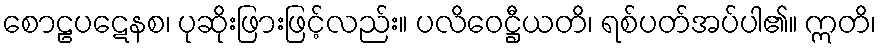
စောဠပဋေနစ၊ ပုဆိုးဖြားဖြင့်လည်း။ ပလိဝေဋ္ဌီယတိ၊ ရစ်ပတ်အပ်ပါ၏။ ဣတိ၊